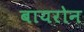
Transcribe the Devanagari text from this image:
बायरोन